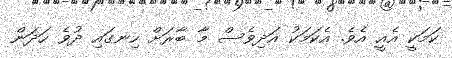
ކަމަކީ އެއީ އެވެ. އެކަމަކު އަދިވެސް މާ ބާރަށް ހިނގައި ދުވެ ހަދަން